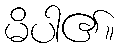
မိပါ၏။